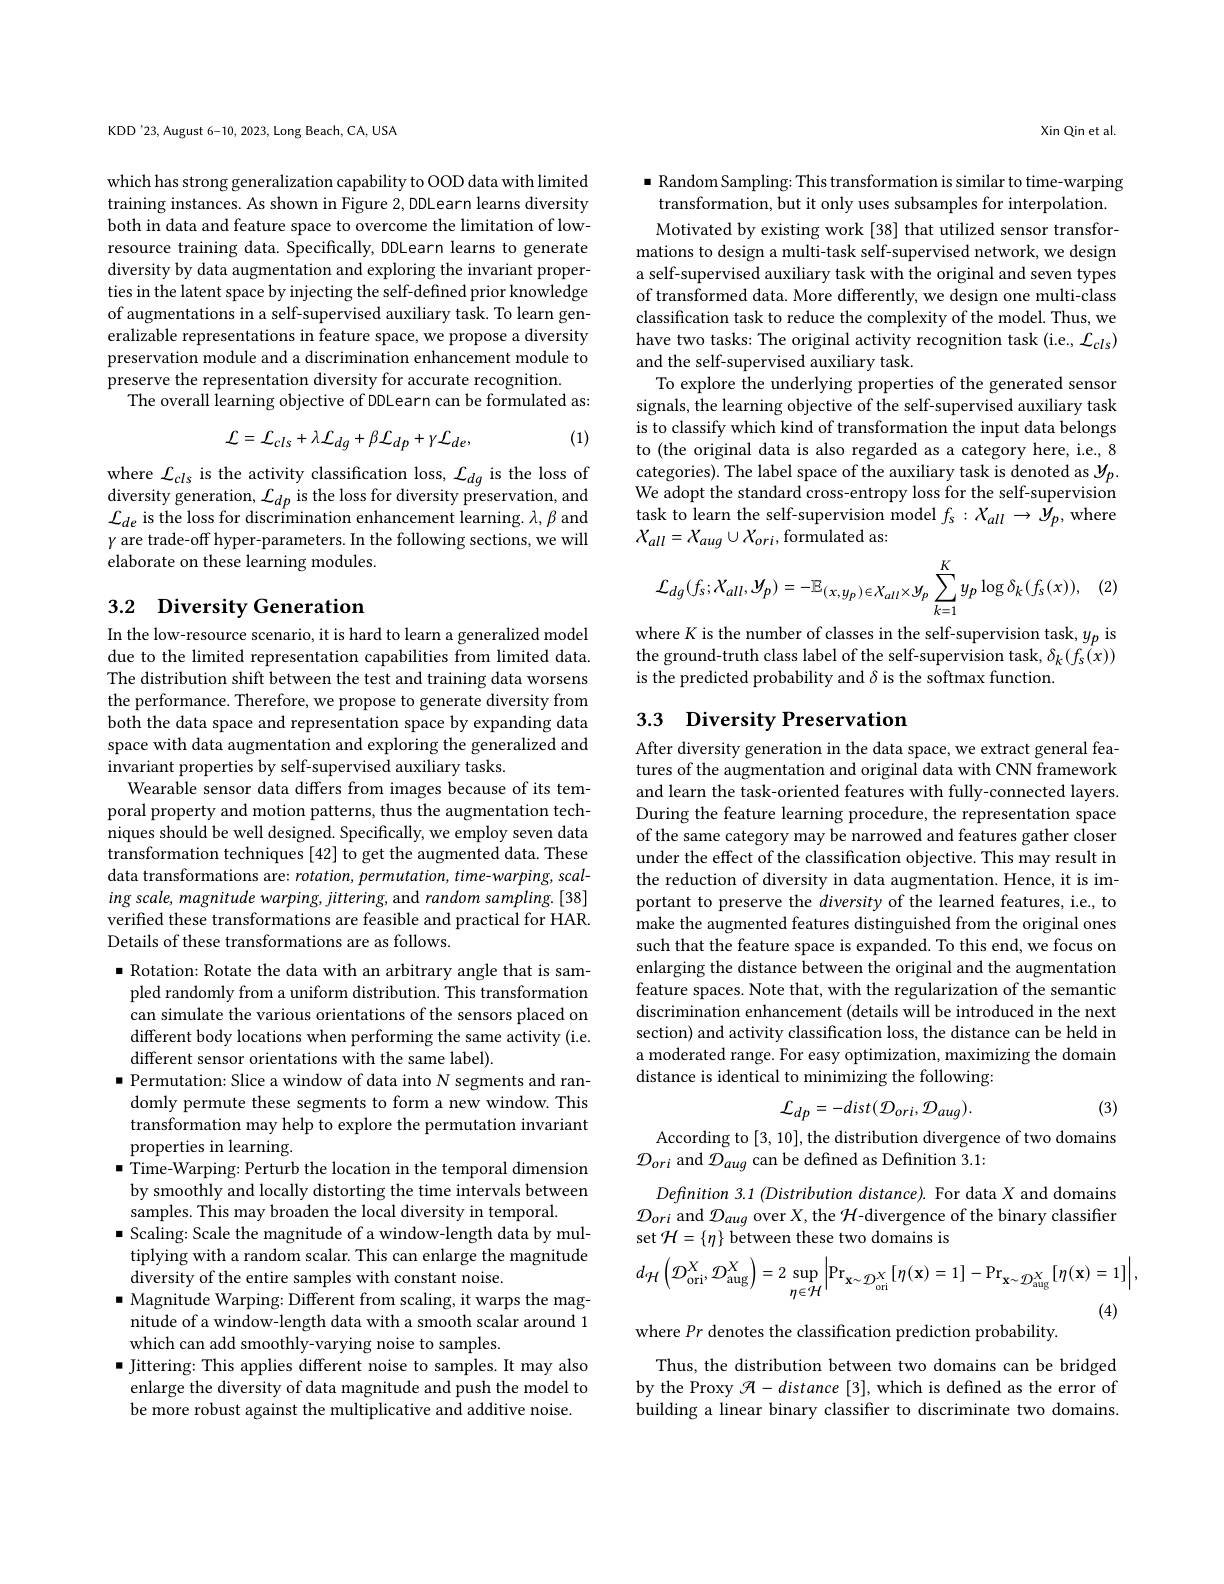
KDD'23, August 6-10, 2023, Long Beach, CA, USA

which has strong generalization capability to OOD data with limited training instances. As shown in Figure 2, DDLearn learns diversity both in data and feature space to overcome the limitation of lowresource training data. Specifically, DDLearn learns to generate diversity by data augmentation and exploring the invariant properties in the latent space by injecting the self-defined prior knowledge of augmentations in a self-supervised auxiliary task. To learn generalizable representations in feature space, we propose a diversity preservation module and a discrimination enhancement module to preserve the representation diversity for accurate recognition.
The overall learning objective of DDLearn can be formulated as:

(1)
$$\mathcal{L}=\mathcal{L}_{cls}+\lambda\mathcal{L}_{dg}+\beta\mathcal{L}_{dp}+\gamma\mathcal{L}_{de},$$
where $\mathcal{L}_{cls}$ is the activity classification loss, $\mathcal{L}_dg$ is the loss of $\operatorname*{diversity~generation,~}\mathcal{L}_{dp}$ is the loss for diversity preservation, and $\mathcal{L}_{de}$ is the loss for discrimination enhancement learning. $\lambda,\beta$ and $\gamma$ are trade-off hyper-parameters. In the following sections, we will elaborate on these learning modules.

# 3.2 Diversity Generation

In the low-resource scenario, it is hard to learn a generalized model due to the limited representation capabilities from limited data. The distribution shift between the test and training data worsens the performance. Therefore, we propose to generate diversity from both the data space and representation space by expanding data space with data augmentation and exploring the generalized and invariant properties by self-supervised auxiliary tasks.
Wearable sensor data differs from images because of its temporal property and motion patterns, thus the augmentation techniques should be well designed. Specifically, we employ seven data transformation techniques [42] to get the augmented data. These data transformations are: $rotation,permutation,time-warping,scal$- ing scale, magnitude warping, jittering, and random sampling. [38] verified these transformations are feasible and practical for HAR. Details of these transformations are as follows.
$\bullet$ Rotation: Rotate the data with an arbitrary angle that is sampled randomly from a uniform distribution. This transformation can simulate the various orientations of the sensors placed on different body locations when performing the same activity (i.e. different sensor orientations with the same label).
$\blacksquare$ Permutation: Slice a window of data into $N$ segments and randomly permute these segments to form a new window. This transformation may help to explore the permutation invariant properties in learning.
$\blacksquare$ Time-Warping: Perturb the location in the temporal dimension by smoothly and locally distorting the time intervals between samples. This may broaden the local diversity in temporal.
$\bullet$ Scaling: Scale the magnitude of a window-length data by multiplying with a random scalar. This can enlarge the magnitude diversity of the entire samples with constant noise.
$\bullet$ Magnitude Warping: Different from scaling, it warps the magnitude of a window-length data with a smooth scalar around 1 which can add smoothly-varying noise to samples.
$\bullet$ Jittering: This applies different noise to samples. It may also enlarge the diversity of data magnitude and push the model to be more robust against the multiplicative and additive noise.

Xin Qin et al

$\bullet$ Random Sampling: This transformation is similar to time-warping transformation, but it only uses subsamples for interpolation.

Motivated by existing work [38] that utilized sensor transformations to design a multi-task self-supervised network, we design a self-supervised auxiliary task with the original and seven types of transformed data. More differently, we design one multi-class classification task to reduce the complexity of the model. Thus, we have two tasks: The original activity recognition task (i.e., $\mathcal{L}_cls)$ and the self-supervised auxiliary task.
To explore the underlying properties of the generated sensor signals, the learning objective of the self-supervised auxiliary task is to classify which kind of transformation the input data belongs to (the original data is also regarded as a category here, i.e., 8 categories). The label space of the auxiliary task is denoted as $y_p.$ We adopt the standard cross-entropy loss for the self-supervision task to learn the self-supervision model $f_s:X_{all}\to y_p$,where $X_{all}=X_{aug}\cup X_{ori}$,formulated as:
$$\mathcal{L}_{dg}(f_{s};\mathcal{X}_{all},\mathcal{Y}_{p})=-\mathbb{E}_{(x,y_{p})\in\mathcal{X}_{all}\times\mathcal{Y}_{p}}\sum_{k=1}^{K}y_{p}\log\delta_{k}(f_{s}(x)),$$
where K is the number of classes in the self-supervision task, $y_p$ is the ground-truth class label of the self-supervision task, $\delta_k(f_s(x))$ is the predicted probability and $\delta$ is the softmax function.

## 3.3 Diversity Preservation

After diversity generation in the data space, we extract general features of the augmentation and original data with CNN framework and learn the task-oriented features with fully-connected layers. During the feature learning procedure, the representation space of the same category may be narrowed and features gather closer under the effect of the classification objective. This may result in the reduction of diversity in data augmentation. Hence, it is important to preserve the diversity of the learned features, i.e., to make the augmented features distinguished from the original ones such that the feature space is expanded. To this end, we focus on enlarging the distance between the original and the augmentation feature spaces. Note that, with the regularization of the semantic discrimination enhancement (details will be introduced in the next section) and activity classification loss, the distance can be held in a moderated range. For easy optimization, maximizing the domain distance is identical to minimizing the following:
$$\mathcal{L}_{dp}=-dist(\mathcal{D}_{ori},\mathcal{D}_{aug}).$$
(3)

According to [3,10], the distribution divergence of two domains
$\mathcal{D}_{ori}$ and $\mathcal{D}_aug$ can be defined as Definition 3.1:

Definition 3.1 (Distribution distance). For data X and domains $\mathcal{D}_{ori}$ and $\mathcal{D}_aug$ over $X$,the $\mathcal{H}$-divergence of the binary classiffer set $\mathcal{H}=\{\eta\}$ between these two domains is
$$d_{\mathcal{H}}\left(\mathcal{D}_{\mathrm{ori}}^{X},\mathcal{D}_{\mathrm{aug}}^{X}\right)=2\sup_{\eta\in\mathcal{H}}\left|\Pr_{\mathbf{x}\sim\mathcal{D}_{\mathrm{ori}}^{X}}[\eta(\mathbf{x})=1]-\Pr_{\mathbf{x}\sim\mathcal{D}_{\mathrm{aug}}^{X}}[\eta(\mathbf{x})=1]\right|,$$
(4)

where $Pr$ denotes the classification prediction probability

Thus, the distribution between two domains can be bridged by the Proxy $\mathcal{H}-distance[3]$, which is defined as the error of building a linear binary classifier to discriminate two domains.